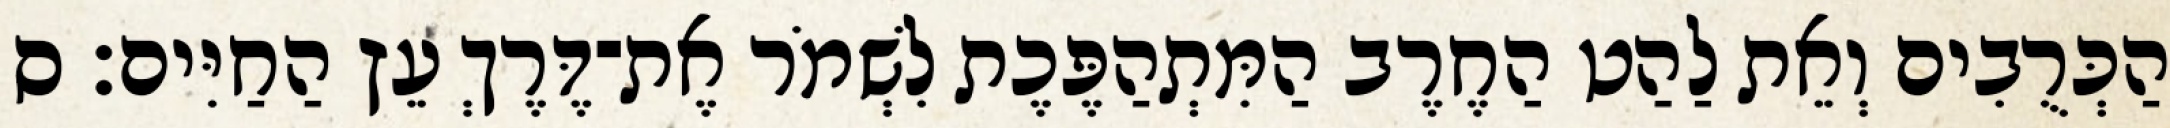
הַכְּרֻבִים וְאֵת לַהַט הַחֶרֶב הַמִּתְהַפֶּכֶת לִשְׁמֹר אֶת־דֶּרֶךְ עֵץ הַחַיִּים׃ ס